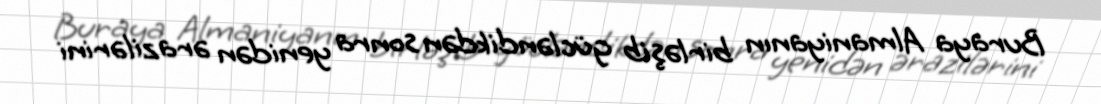
Buraya Almaniyanın birləşib gücləndikdən sonra yenidən ərazilərini